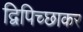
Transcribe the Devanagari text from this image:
द्विपिच्छाकर